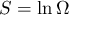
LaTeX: S = \ln \Omega